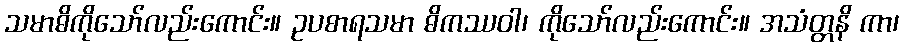
သမာဓိကိုသော်လည်းကောင်း။ ဥပစာရသမာ ဓိကဿဝါ၊ ကိုသော်လည်းကောင်း။ အသံတ္တနိ ကာ၊